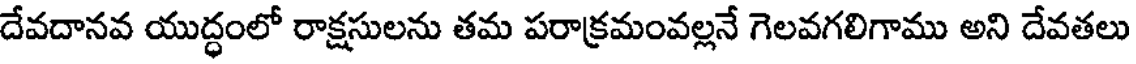
దేవదానవ యుద్ధంలో రాక్షసులను తమ పరాక్రమంవల్లనే గెలవగలిగాము అని దేవతలు